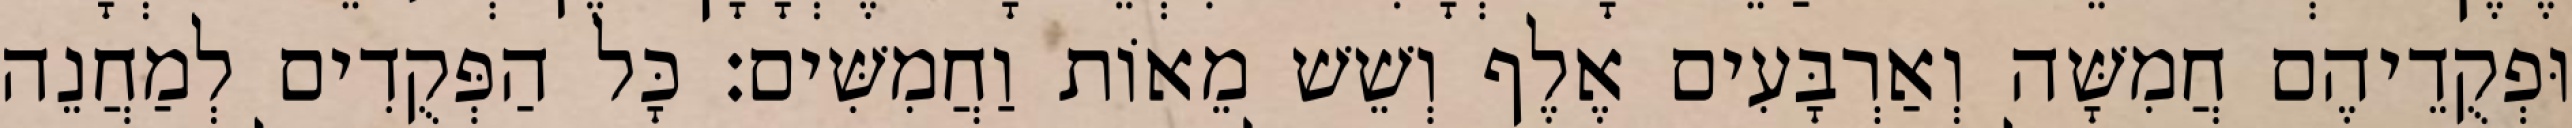
וּפְקֻדֵיהֶם חֲמִשָּׁה וְאַרְבָּעִים אֶלֶף וְשֵׁשׁ מֵאוֹת וַחֲמִשִּׁים׃ כָּל הַפְּקֻדִים לְמַחֲנֵה